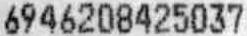
6946208425037